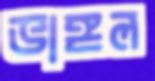
ভাঙ্গল